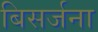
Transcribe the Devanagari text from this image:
बिसर्जना